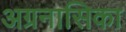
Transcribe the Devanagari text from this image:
अग्रनासिका